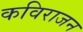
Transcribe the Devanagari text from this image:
कविराजन